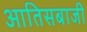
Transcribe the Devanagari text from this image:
आतिसबाजी